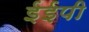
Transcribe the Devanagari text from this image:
ईईपी